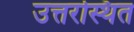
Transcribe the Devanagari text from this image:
उत्तरस्थित